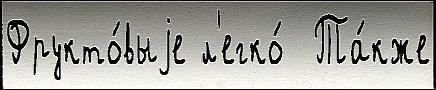
Фрукто́выjе л'егко́  Та́кже